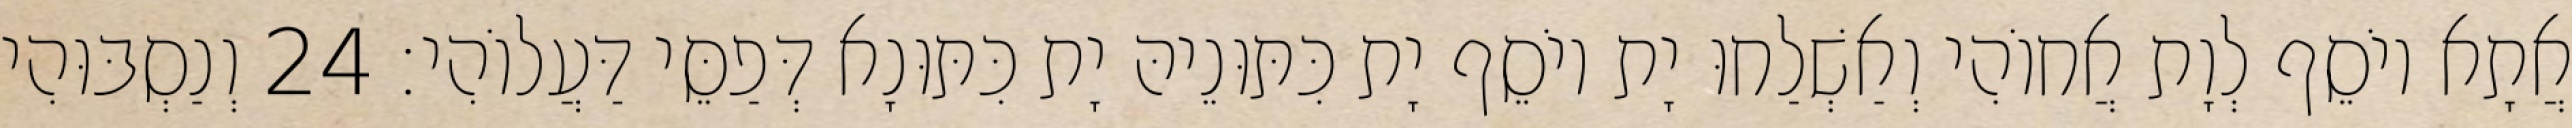
אֲתָא יוֹסֵף לְוָת אֲחוֹהִי וְאַשְׁלַחוּ יָת יוֹסֵף יָת כִּתּוּנֵיהּ יָת כִּתּוּנָא דְּפַסֵּי דַּעֲלוֹהִי׃ 24 וְנַסְבּוּהִי